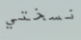
نسختي